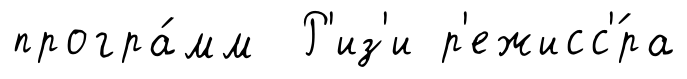
програ́мм Р'из'и р'ежисс'́ра